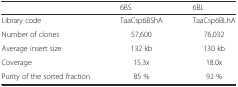
|  | 6BS | 6BL |
 | --- | --- | --- |
 | Library code | TaaCsp6BShA | TaaCsp6BLhA |
 | Number of clones | 57,600 | 76,032 |
 | Average insert size | 132 kb | 130 kb |
 | Coverage | 15.3x | 18.0x |
 | Purity of the sorted fraction | 85 % | 92 % |